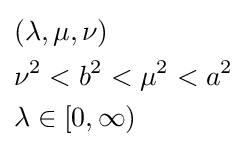
{\begin{aligned}&(\lambda ,\mu ,\nu )\\&\nu ^{2}<b^{2}<\mu ^{2}<a^{2}\\&\lambda \in [0,\infty )\end{aligned}}